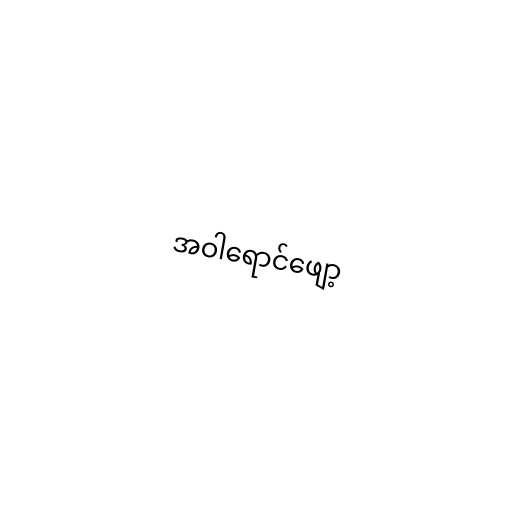
အဝါရောင်ဖျော့